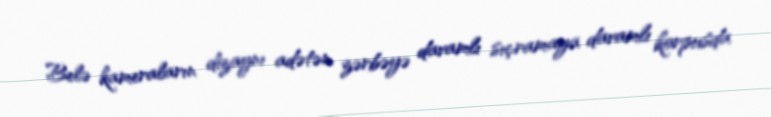
Belə kameraların dizaynı adətən zərbəyə davamlı sıçramaya davamlı korpusda